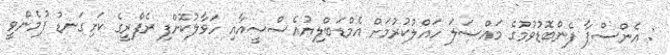
: އެންސްޕާ ފެންބޮޑުވުމުގެ މައްސަލަ ހައްލުކުރުމަށް އެމްޑަބްލިޔުއެސްސީއާއި ހަވާލުކޮށްފި ރެފްރީގެ ކަށިގަނޑު ފުމެންވީ